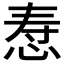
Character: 𪫷